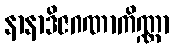
နာနာဒိဇဂဏာကိဏ္ဏာ